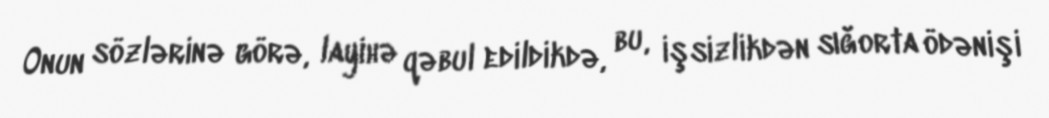
Onun sözlərinə görə, layihə qəbul edildikdə, bu, işsizlikdən sığorta ödənişi